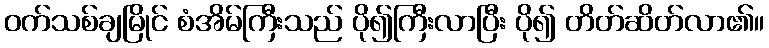
ဝက်သစ်ချမြိုင် စံအိမ်ကြီးသည် ပို၍ကြီးလာပြီး ပို၍ တိတ်ဆိတ်လာ၏။